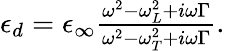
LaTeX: \begin{array}{r}{\epsilon_{d}=\epsilon_{\infty}\frac{\omega^{2}-\omega_{L}^{2}+i\omega\Gamma}{\omega^{2}-\omega_{T}^{2}+i\omega\Gamma}.}\end{array}